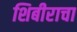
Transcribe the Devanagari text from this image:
शिबीराचा